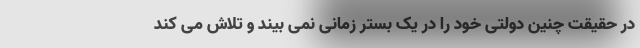
در حقیقت چنین دولتی خود را در یک بستر زمانی نمی بیند و تلاش می کند